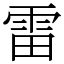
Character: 雷